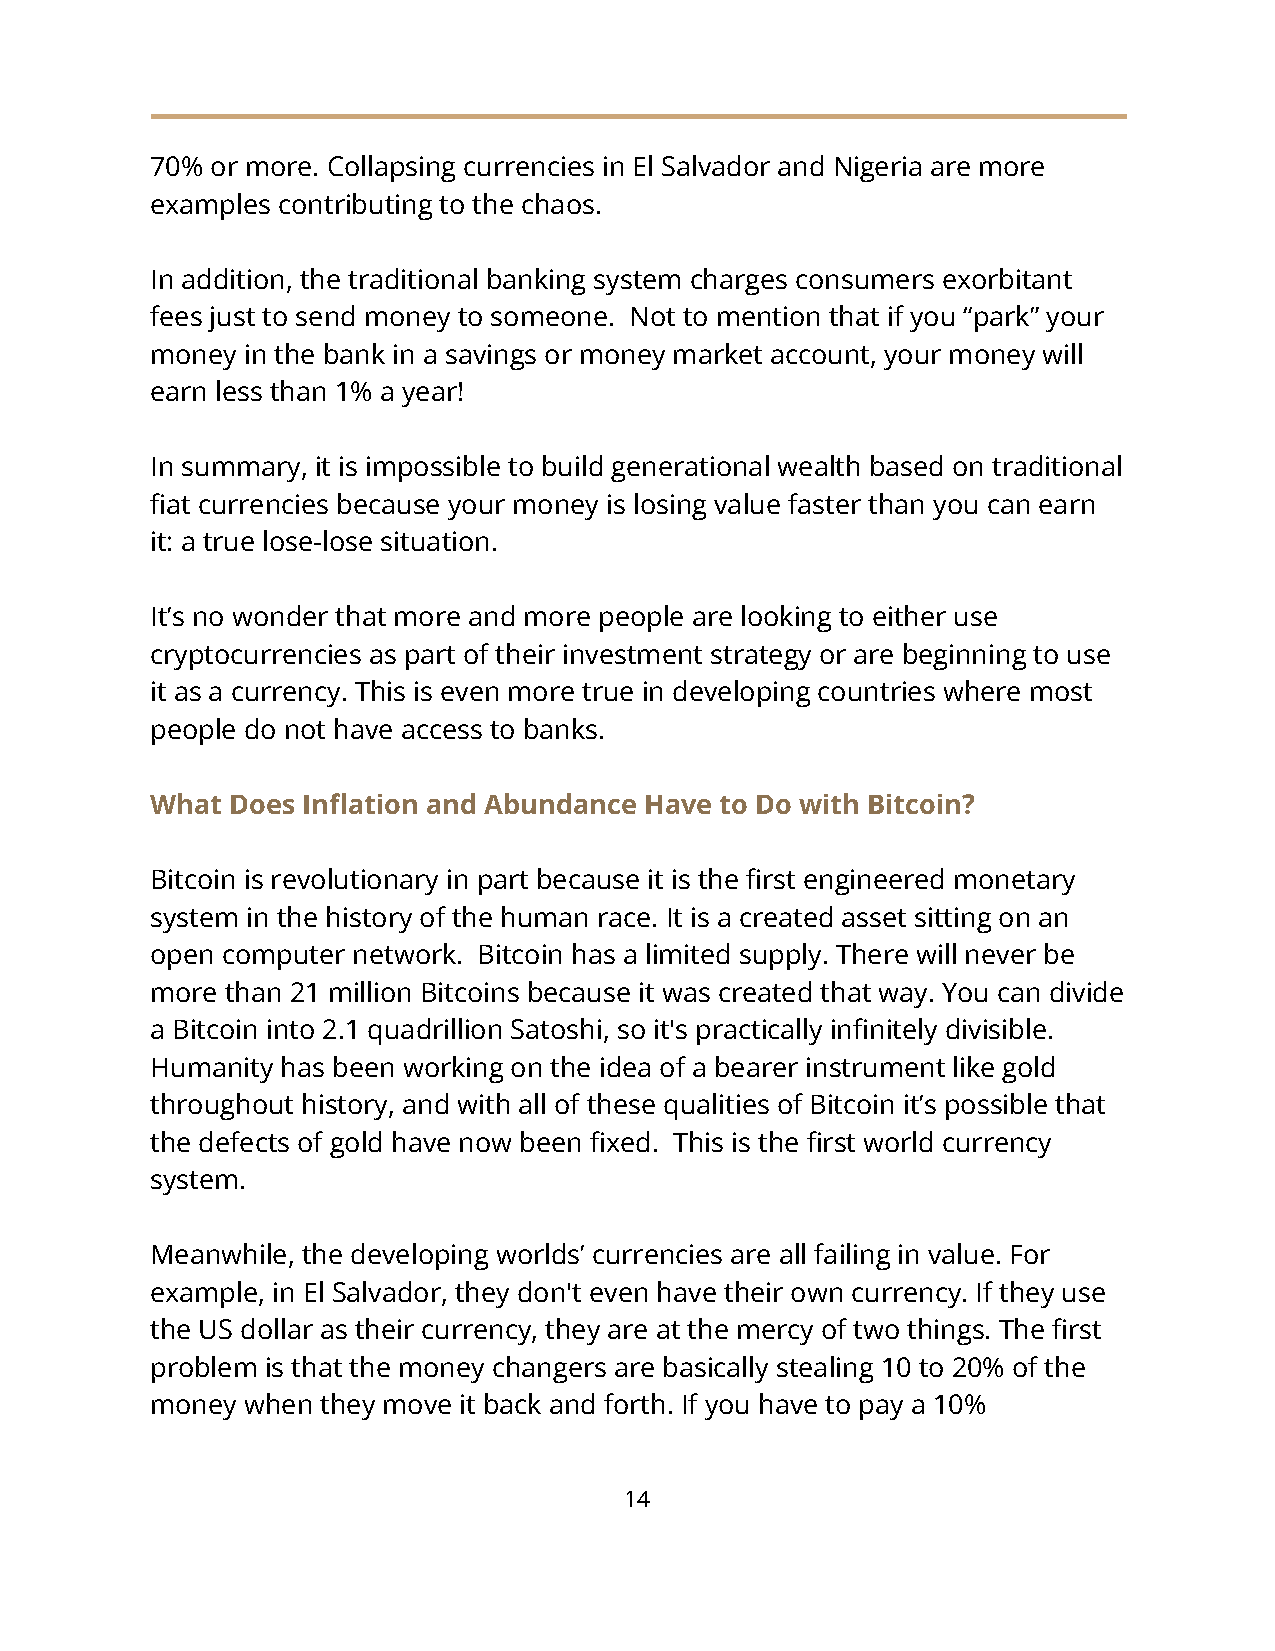
70% or more. Collapsing currencies in El Salvador and Nigeria are more
 examples contributing to the chaos.
 In addition, the traditional banking system charges consumers exorbitant
 fees just to send money to someone. Not to mention that if you “park” your
 money in the bank in a savings or money market account, your money will
 earn less than 1% a year!
 In summary, it is impossible to build generational wealth based on traditional
 fiat currencies because your money is losing value faster than you can earn
 it: a true lose-lose situation.
 It’s no wonder that more and more people are looking to either use
 cryptocurrencies as part of their investment strategy or are beginning to use
 it as a currency. This is even more true in developing countries where most
 people do not have access to banks.
 What Does Inflation and Abundance Have to Do with Bitcoin?
 Bitcoin is revolutionary in part because it is the first engineered monetary
 system in the history of the human race. It is a created asset sitting on an
 open computer network. Bitcoin has a limited supply. There will never be
 more than 21 million Bitcoins because it was created that way. You can divide
 a Bitcoin into 2.1 quadrillion Satoshi, so it's practically infinitely divisible.
 Humanity has been working on the idea of a bearer instrument like gold
 throughout history, and with all of these qualities of Bitcoin it’s possible that
 the defects of gold have now been fixed. This is the first world currency
 system.
 Meanwhile, the developing worlds’ currencies are all failing in value. For
 example, in El Salvador, they don't even have their own currency. If they use
 the US dollar as their currency, they are at the mercy of two things. The first
 problem is that the money changers are basically stealing 10 to 20% of the
 money when they move it back and forth. If you have to pay a 10%
 14